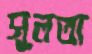
সুলতা